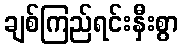
ချစ်ကြည်ရင်းနှီးစွာ